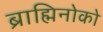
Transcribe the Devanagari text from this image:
ब्राह्मिनोको